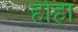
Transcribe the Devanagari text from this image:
होहा